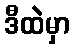
ဒီထဲမှာ